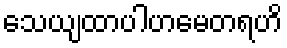
သေယျထာပါဟမေတရဟိ